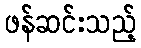
ဖန်ဆင်းသည့်